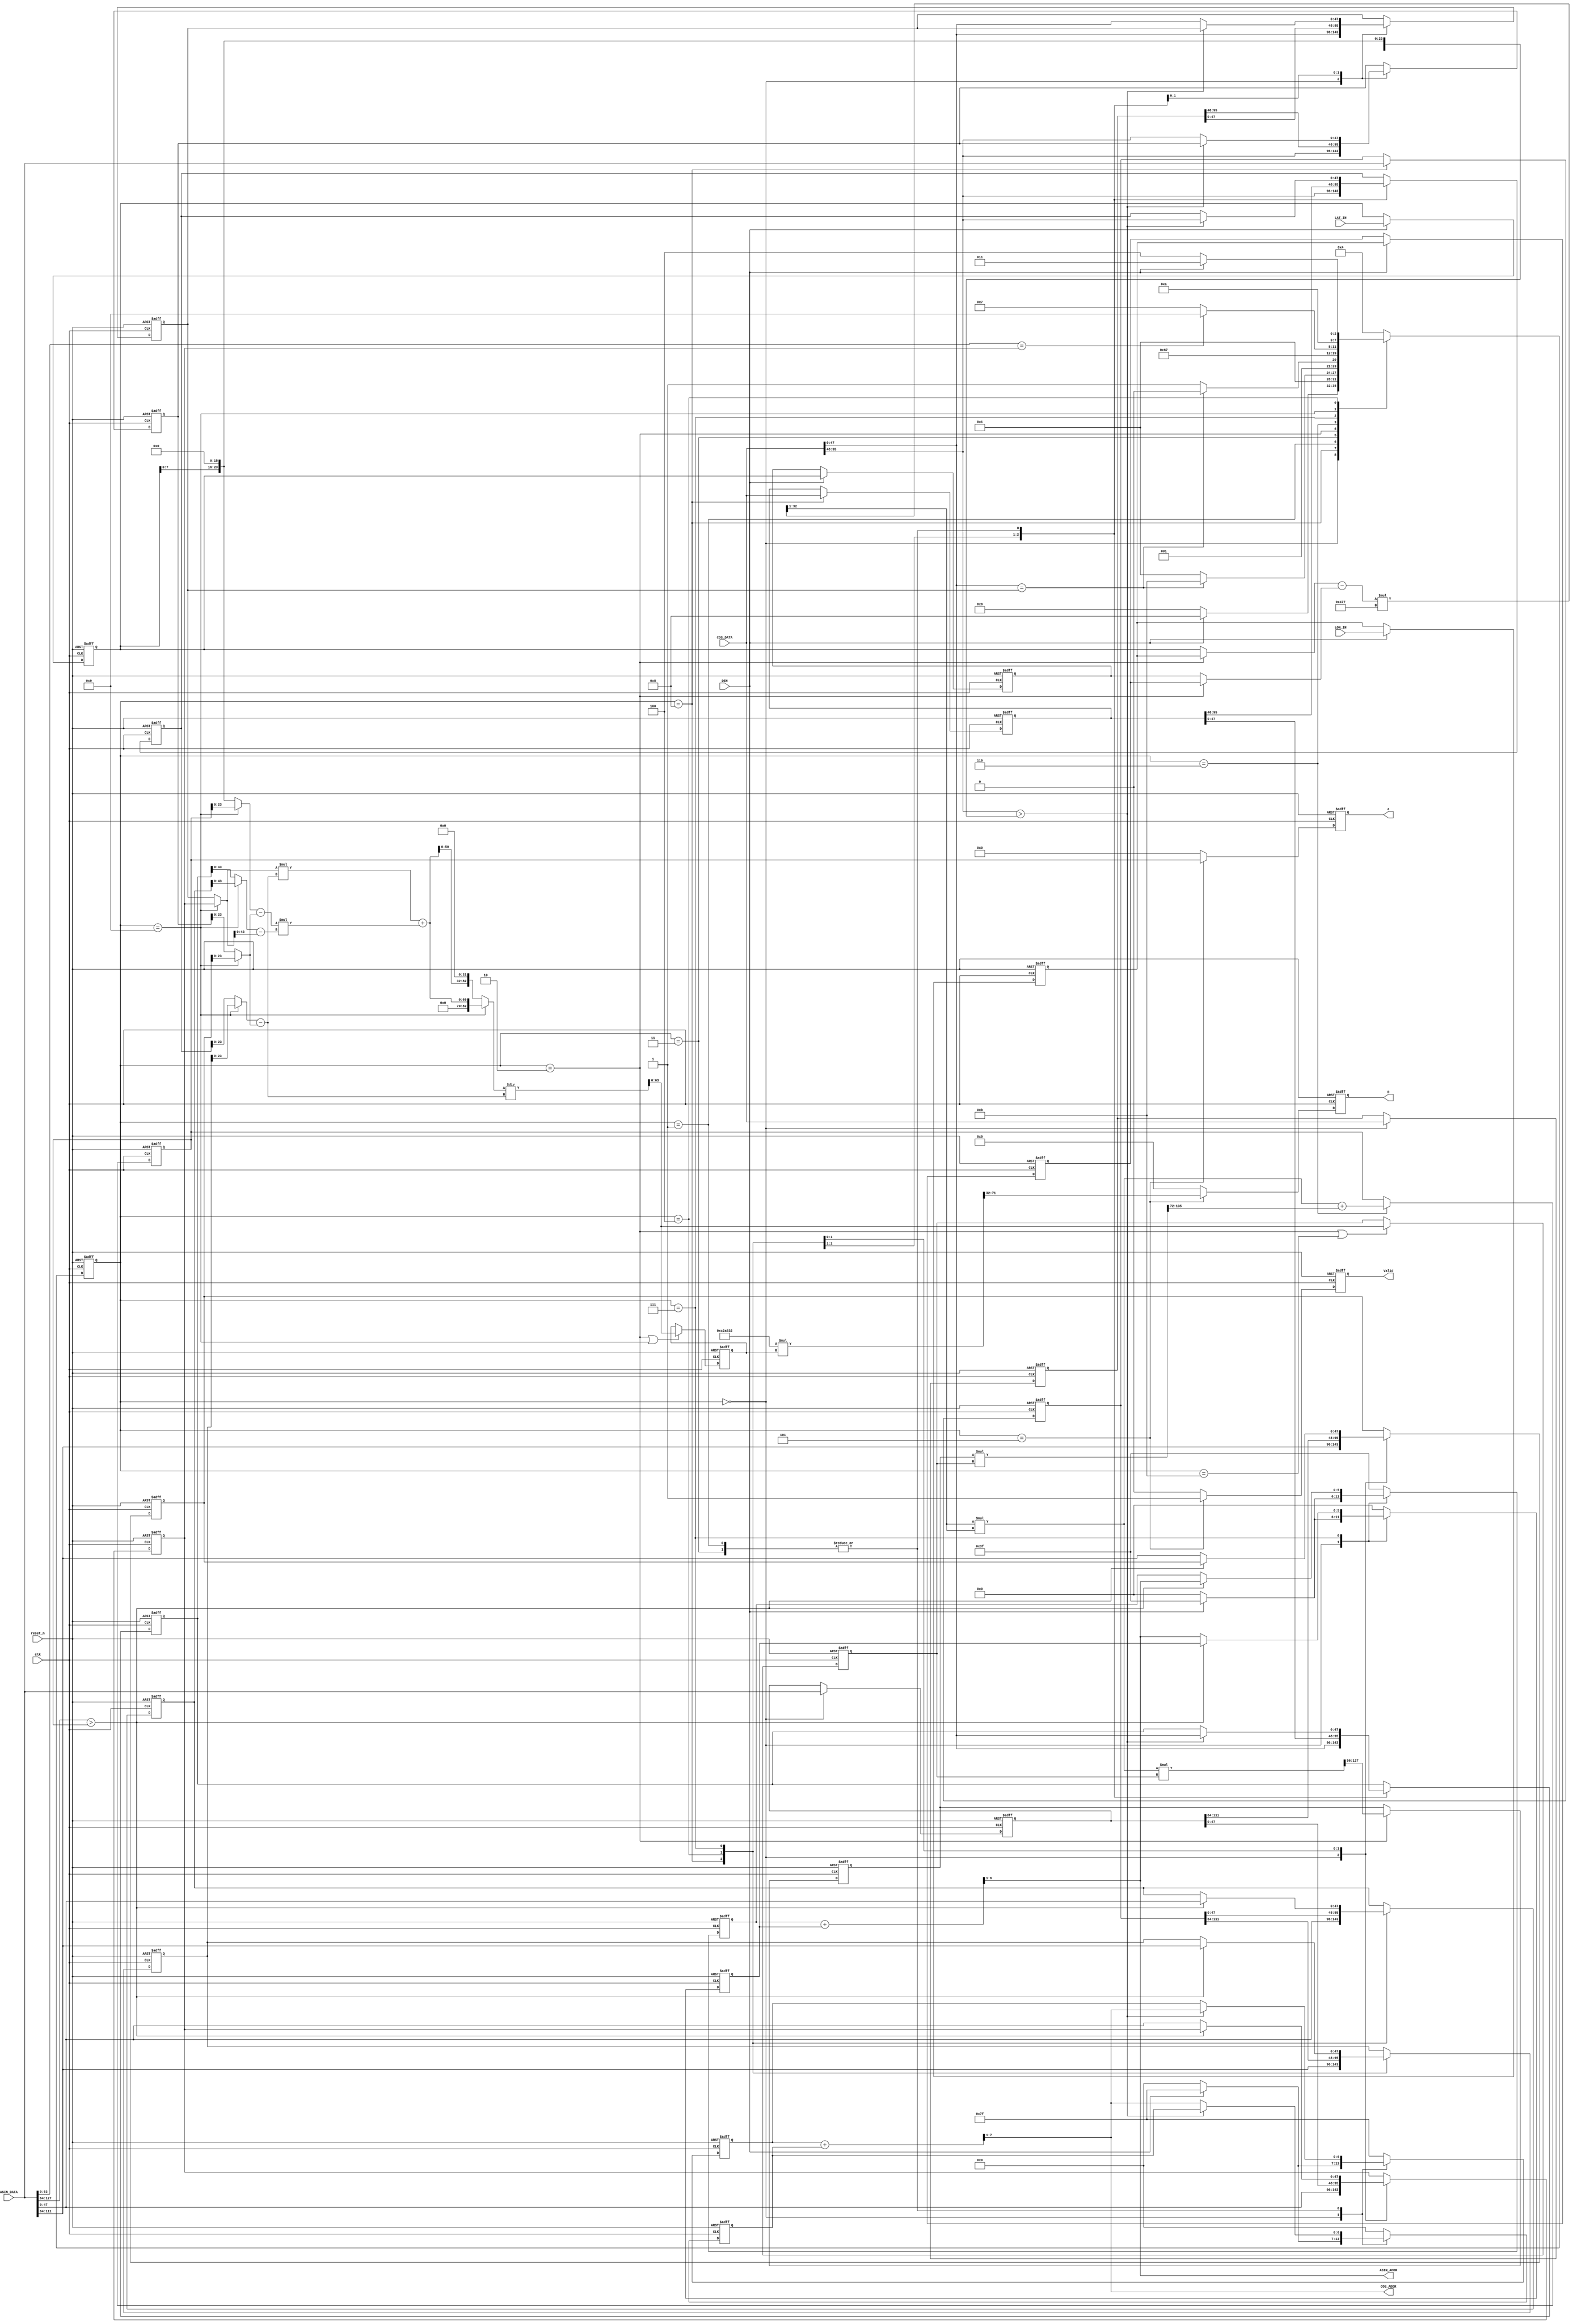
`timescale 1ns/10ps
module GPSDC(clk, reset_n, DEN, LON_IN, LAT_IN, COS_ADDR, COS_DATA, ASIN_ADDR, ASIN_DATA, Valid, a, D);
input              clk;
input              reset_n;
input              DEN;
input      [23:0]  LON_IN;
input      [23:0]  LAT_IN;
input      [95:0]  COS_DATA;
output     [6:0]   COS_ADDR;
input      [127:0] ASIN_DATA;
output     [5:0]   ASIN_ADDR;
output  reg           Valid;
output  reg   [39:0]  D;
output  reg  [63:0]  a;

localparam S_IDLE0 = 4'b0000;
localparam S_L1    = 4'b1000;
//localparam S_L2    = 4'b000;
localparam S_A	   = 4'b0001;
localparam S_INNER0= 4'b1011;
localparam S_FCOS  = 4'b0011;
localparam S_INNER = 4'b0010;
localparam S_MID   = 4'b0110;
localparam S_FASIN = 4'b0111;
localparam S_INNERS= 4'b1001;
localparam S_D     = 4'b0101;
localparam S_IDLE  = 4'b0100;
reg [3:0] c_state, n_state;
// wire reg declare cao
reg [23:0]LON_IN_A, LON_IN_B;
reg [23:0]LAT_IN_A, LAT_IN_B;
wire [47:0] LAT_w;
reg [95:0] COS_127, COS_0;
reg [127:0] ASIN_63, ASIN_0;
//---------------------------------------
// for mid point
wire [23:0]sel_a1, sel_a2;
wire signed [24:0]angle_diff;
wire signed [15:0]rad;
//wire signed [40:0]ang_mul;
wire signed [32:0]ang_mul;
wire signed [32:0]ang_result;
//wire signed [64:0]ang_result;
wire [63:0]sin2;
wire [127:0]first_result;
reg  [71:0]first_result_r;
wire [191:0] mid_left;
reg  [63:0] a_r;
wire [63:0] a_w;
// for inner
//reg  [47:0] cosA, cosB;
//wire [47:0] inner_result_w;
//wire [95:0] inner_up;
//wire [47:0] inner_down; 
//wire [47:0] sel_y0, sel_y1, sel_x0, sel_x1, sel_x;

reg  [63:0] cosA, cosB;
reg  [63:0] inner_result_r;
wire [63:0] inner_result_w;
wire [69:0] inner_up;
wire [82:0] inner_up_padding;
wire [23:0] inner_down; 
wire [23:0] up_C;
wire [43:0] up_D;
wire [47:0] sel_y0, sel_y1, sel_x0, sel_x1, sel_x;


// wire reg declare hunry 

// ------------------------------------------------------------
// regs & wire
// ------------------------------------------------------------
// find cos
wire  [47:0] cos_in, cos_val;
reg  [6:0]  p_h, p_l;

// find asin
wire [63:0] asin_in, asin_val;
reg [5:0]  asin_p_h, asin_p_l;

reg [47:0] cos_y0, cos_y1; 
reg [47:0] cos_x0, cos_x1;
reg [47:0] asin_x0, asin_x1;
reg [47:0] asin_y0, asin_y1;
//---------------------------------------
// calculate inner product 
//assign sel_y0 = 48'hF0A3ACB6;
//assign sel_y1 = 48'hF0A5D8F1;
//assign sel_x0 = 48'h18C8D96FA8;
//assign sel_x1 = 48'h18C8DFCE31;
//assign sel_x  = 48'h18c8db0000;

assign inner_down = (sel_x1 - sel_x0);
assign up_C = (sel_x - sel_x0);
assign up_D = (sel_y1 - sel_y0);
assign inner_up = sel_y0 * inner_down + up_C * up_D;
assign inner_up_padding = (c_state == S_INNERS)? inner_up : {inner_up[50:0], 32'd0};
assign inner_result_w = inner_up_padding / inner_down; 

assign sel_y0 = (c_state == S_INNERS)? asin_y0 : cos_y0;
assign sel_y1 = (c_state == S_INNERS)? asin_y1 : cos_y1;
assign sel_x0 = (c_state == S_INNERS)? asin_x0 : cos_x0;
assign sel_x1 = (c_state == S_INNERS)? asin_x1 : cos_x1;
assign sel_x  = (c_state == S_INNERS)? a_r  : LAT_w;

always@(posedge clk, negedge reset_n) begin
      if(!reset_n) begin
	  cosB <= 64'd0;
      end else begin
	  if(c_state == S_INNER || c_state == S_INNER0)
          	cosB <= inner_result_w;
	  else
		cosB <= cosB;
      end
end
/*
always@(posedge clk, negedge reset_n) begin
      if(!reset_n) begin
	  cosA <= 64'd0;
      end else begin
	  if(c_state == S_INNER)
          	cosA <= cosB;
	  else
		cosA <= cosA;
      end
end
*/

//---------------------------------------
// Mid inner product 
// rad = 16'h477; angle: integer = 8bits; FP = 16bit ; sel : 8+16

assign sel_a1 = (c_state == S_INNER)? LON_IN_B : LAT_IN_B;
assign sel_a2 = (c_state == S_INNER)? LON_IN_A : LAT_IN_A;
assign rad = 16'h477;
assign angle_diff = {1'b0,sel_a1} - {1'b0, sel_a2}; 
assign ang_mul = angle_diff * $signed({9'd0 , 16'h477});

assign ang_result = {ang_mul[32],ang_mul[32:1]};// + ang_mul[32]&ang_mul[1];//(&ang_mul[32:16] && c_state==S_INNER);//+ ang_mul[32]&ang_mul[0]; //ang_mul / $signed(40'd2); 
always@(*)begin
	if(c_state == S_INNER)
		$monitor("COSB :ang_result: %d, %d, %d", ang_mul,ang_result, ang_mul / $signed(40'd2));
	else if(c_state == S_MID)
		$monitor("SIN2 :ang_result: %d, %d, %d", ang_mul,ang_result, ang_mul / $signed(40'd2));

end

assign sin2 = ang_result * ang_result;
//assign sin2 = ang_result / $signed(4);


//cosA and B : int : 0bit; FP = 32bit 
assign first_result = sin2 * cosB;
assign mid_left = first_result_r * cosB;
assign a_w = sin2 + mid_left[135:72] ;

always@(posedge clk, negedge reset_n) begin
      if(!reset_n) begin
			first_result_r <= 72'd0;
      end else begin
	  if(c_state == S_INNER)
          	first_result_r <= first_result[127:56]; // + first_result[31];
	  else
			first_result_r <= first_result_r;
      end
end


always@(posedge clk, negedge reset_n) begin
      if(!reset_n) begin
	  a_r <= 64'd0;
      end else begin
	  if(c_state == S_MID)
          	a_r <= a_w;
	  else
		a_r <= a_r;
      end
end
//---------------------------------------
// Distance  Int: 8bits FP: 32 bits
wire [87:0] D_w;
// C2A532  1 9A27 3878
assign D_w = 24'd12756274 * inner_result_r;
// for distance
always@(posedge clk, negedge reset_n) begin
      if(!reset_n) begin
	  inner_result_r <= 64'd0;
      end else begin
	  if(c_state == S_INNER || c_state == S_INNERS)
          	inner_result_r <= inner_result_w;
	  else
		inner_result_r <= inner_result_r;
      end
end
//---------------------------------------
// FSM block
always@(posedge clk, negedge reset_n) begin
      if(!reset_n) begin
	  c_state <= S_IDLE0;
      end else begin
          c_state <= n_state;
      end
end

always@(*) begin
	case(c_state)
		S_IDLE0:if(DEN) n_state = S_L1;
			else	n_state = S_IDLE0;
		S_L1:   n_state = S_A;
		S_A:	if(cos_val == cos_y0) n_state = S_INNER0;
			else	 	      n_state = S_A;
		S_INNER0: n_state = S_IDLE;
		S_FCOS: if(cos_val == cos_y0) n_state = S_INNER;
			else	 	      n_state = S_FCOS;
		S_INNER:n_state = S_MID;
		S_MID:  n_state = S_FASIN;
		S_FASIN:if(asin_val == asin_y0) n_state = S_INNERS;
			else	 		n_state = S_FASIN;
		S_INNERS: n_state = S_D;
		S_D:	  n_state = S_IDLE;
		S_IDLE: if(DEN) n_state = S_FCOS;
			else	n_state = S_IDLE;
		default: n_state = S_IDLE;
	endcase
end

//---------------------------------------
// INPUT block
always@(posedge clk, negedge reset_n) begin
      if(!reset_n) begin
	  LON_IN_A <= 24'b0;
      end else begin
	  if(DEN)
          	LON_IN_A <= LON_IN_B;
	  else
		LON_IN_A <= LON_IN_A;
      end
end

always@(posedge clk, negedge reset_n) begin
      if(!reset_n) begin
	  LAT_IN_A <= 24'b0;
      end else begin
	  if(DEN)
          	LAT_IN_A <= LAT_IN_B;
	  else
		LAT_IN_A <= LAT_IN_A;
      end
end

always@(posedge clk, negedge reset_n) begin
      if(!reset_n) begin
	  LON_IN_B <= 24'b0;
      end else begin
	  if(DEN)
          	LON_IN_B <= LON_IN;
	  else
		LON_IN_B <= LON_IN_B;
      end
end

always@(posedge clk, negedge reset_n) begin
      if(!reset_n) begin
	  LAT_IN_B <= 24'b0;
      end else begin
	  if(DEN)
          	LAT_IN_B <= LAT_IN;
	  else
		LAT_IN_B <= LAT_IN_B;
      end
end
//---------------------------------------
// OUTPUT block
always@(posedge clk, negedge reset_n) begin
      if(!reset_n) begin
	  Valid <= 1'b0;
      end else begin
	  if(c_state == S_D)
          	Valid <= 1'b1;
	  else
		Valid <= 1'b0;
      end
end

always@(posedge clk, negedge reset_n) begin
      if(!reset_n) begin
	  D <= 40'b0;
      end else begin
	  if(c_state == S_D)
          	D <= D_w[71:32] ;
	  else
		D <= 40'd0;
      end
end

always@(posedge clk, negedge reset_n) begin
      if(!reset_n) begin
	  a <= 64'b0;
      end else begin
	  if(c_state == S_D)
          	a <= a_r;
	  else
		a <= 64'd0;
      end
end

// ------------------------------------------------------------
// design
// ------------------------------------------------------------
// cos 0, 127
always @(posedge clk or negedge reset_n) begin
	if (!reset_n) 				 COS_0 <= 96'd0;
	else if (c_state == S_IDLE0) COS_0 <= COS_DATA;
	else 						 COS_0 <= COS_0;
end

always @(posedge clk or negedge reset_n) begin
	if (!reset_n) 		    COS_127 <= 96'd0;
	else if (c_state == S_L1) COS_127 <= COS_DATA;
	else 				    COS_127 <= COS_127;
end

// find cos
wire [7:0] COS_ADDR_w;
assign cos_in   = COS_DATA[95:48];
assign cos_val  = COS_DATA[47:0];
assign COS_ADDR_w = (p_h + p_l);
assign COS_ADDR =  COS_ADDR_w>> 1;
assign LAT_w = {8'd0, LAT_IN_B, 16'd0};
always @(posedge clk or negedge reset_n) begin
	if (!reset_n) p_h <= 7'h00;
	else begin
		case (c_state)
			S_IDLE0: 	 p_h <= (DEN) ? 7'h7f : 7'h00;
			S_L1: 		 p_h <= 7'h7f;
			S_A, S_FCOS: p_h <= (cos_in > LAT_w) ? COS_ADDR : p_h;
			default: 	 p_h <= 7'h7f; // to load cos(x(0, 0)
		endcase 
	end 
end

always @(posedge clk or negedge reset_n) begin
	if (!reset_n) p_l <= 7'h00;
	else begin
		case (c_state)
			S_IDLE0: 	 p_l <= (DEN) ? 7'h7f : 7'h00;
			S_L1: 		 p_l <= 7'h00;
			S_A, S_FCOS: p_l <= (cos_in > LAT_w) ? p_l : COS_ADDR;
			default: 	 p_l <= 7'h00; // to load cos(x(0, 0))
		endcase 
	end 
end

always @(posedge clk or negedge reset_n) begin
	if (!reset_n) cos_y0 <= 48'd0;
	else begin
		case (c_state)
			S_IDLE0: 	 cos_y0 <= cos_val;
			S_IDLE: 	 cos_y0 <= COS_0[47:0];
			S_A, S_FCOS: cos_y0 <= (cos_in > LAT_w) ? cos_y0 : cos_val;
			default: 	 cos_y0 <= cos_y0;
		endcase
	
	end 
end

always @(posedge clk or negedge reset_n) begin
	if (!reset_n) cos_x0 <= 48'd0;
	else begin
		case (c_state)
			S_IDLE0: 	 cos_x0 <= cos_in;
			S_IDLE: 	 cos_x0 <= COS_0[95:48];
			S_A, S_FCOS: cos_x0 <= (cos_in > LAT_w) ? cos_x0 : cos_in;
			default: 	 cos_x0 <= cos_x0;
		endcase
	end 
end

always @(posedge clk or negedge reset_n) begin
	if (!reset_n) cos_y1 <= 48'd0;
	else begin
		case (c_state)
			S_L1: 		 cos_y1 <= cos_val;
			S_IDLE: 	 cos_y1 <= COS_127[47:0];
			S_A, S_FCOS: cos_y1 <= (cos_in > LAT_w) ? cos_val : cos_y1;
			default: 	 cos_y1 <= cos_y1;
		endcase
	
	end 
end

always @(posedge clk or negedge reset_n) begin
	if (!reset_n) cos_x1 <= 48'd0;
	else begin
		case (c_state)
			S_L1: 	     cos_x1 <= cos_in; 
			S_IDLE: 	 cos_x1 <= COS_127[95:48];
			S_A, S_FCOS: cos_x1 <= (cos_in > LAT_w) ? cos_in : cos_x1;
			default: 	 cos_x1 <= cos_x1;
		endcase
	end 
end


// asin 63, 0
always @(posedge clk or negedge reset_n) begin
	if (!reset_n) 				 ASIN_0 <= 128'd0;
	else if (c_state == S_IDLE0) ASIN_0 <= ASIN_DATA;
	else 						 ASIN_0 <= ASIN_0;
end

always @(posedge clk or negedge reset_n) begin
	if (!reset_n) 		    ASIN_63 <= 128'd0;
	else if (c_state == S_L1)   ASIN_63 <= ASIN_DATA;
	else 				    ASIN_63 <= ASIN_63;
end

// find arcsin
wire [6:0]ASIN_ADDR_w;
assign asin_in   = ASIN_DATA[127:64];
assign asin_val  = ASIN_DATA[63:0];
assign ASIN_ADDR_w = (asin_p_h + asin_p_l);
assign ASIN_ADDR =  ASIN_ADDR_w>> 1;
always @(posedge clk or negedge reset_n) begin
	if (!reset_n) asin_p_h <= 6'h00;
	else begin
		case (c_state)
			S_IDLE0: 	 asin_p_h <= (DEN) ? 6'h3f : 6'h00; 
			S_FASIN: asin_p_h <= (asin_in > a_r) ? ASIN_ADDR : asin_p_h;
			default: 	 asin_p_h <= 6'h3f; // to load cos(x(0, 0)
		endcase 
	end 
end

always @(posedge clk or negedge reset_n) begin
	if (!reset_n) asin_p_l <= 6'h00;
	else begin
		case (c_state)
			S_IDLE0: 	 asin_p_l <= (DEN) ? 6'h3f : 6'h00; 
			S_FASIN: asin_p_l <= (asin_in > a_r) ? asin_p_l : ASIN_ADDR;
			default: 	 asin_p_l <= 6'h00; // to load cos(x(0, 0))
		endcase 
	end 
end

always @(posedge clk or negedge reset_n) begin
	if (!reset_n) asin_y0 <= 128'd0;
	else begin
		case (c_state)
			S_IDLE0: 	 asin_y0 <= asin_val;
			S_IDLE: 	 asin_y0 <= ASIN_0[63:0];
			S_FASIN: asin_y0 <= (asin_in > a_r) ? asin_y0 : asin_val;
			default: 	 asin_y0 <= asin_y0;
		endcase
	
	end 
end

always @(posedge clk or negedge reset_n) begin
	if (!reset_n) asin_x0 <= 128'd0;
	else begin
		case (c_state)
			S_IDLE0: 	 asin_x0 <= asin_in;
			S_IDLE:		 asin_x0 <= ASIN_0[127:64];
			S_FASIN: asin_x0 <= (asin_in > a_r) ? asin_x0 : asin_in;
			default: 	 asin_x0 <= asin_x0;
		endcase
	end 
end

always @(posedge clk or negedge reset_n) begin
	if (!reset_n) asin_y1 <= 128'd0;
	else begin
		case (c_state)
			S_L1: 	 	 asin_y1 <= asin_val;
			S_IDLE: 	 asin_y1 <= ASIN_63[63:0];
			S_FASIN: asin_y1 <= (asin_in > a_r) ? asin_val : asin_y1;
			default: 	 asin_y1 <= asin_y1;
		endcase
	
	end 
end

always @(posedge clk or negedge reset_n) begin
	if (!reset_n) asin_x1 <= 128'd0;
	else begin
		case (c_state)
			S_L1: 		 asin_x1 <= asin_in; 
			S_IDLE: 	 asin_x1 <= ASIN_63[127:64];
			S_FASIN: asin_x1 <= (asin_in > a_r) ? asin_in : asin_x1;
			default: 	 asin_x1 <= asin_x1;
		endcase
	end 
end

endmodule